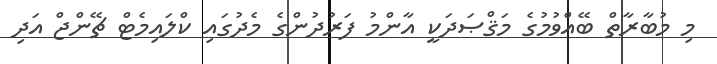
މި މުބާރާތް ބޭއްވުމުގެ މަޤްޞަދަކީ އާންމު ފަރުދުންގެ މެދުގައި ކްލައިމެޓް ޗޭންޖް އަދި